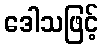
ဒေါသဖြင့်